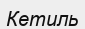
Кетиль